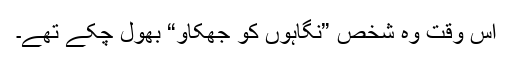
اس وقت وہ شخص ”نگاہوں کو جھکاؤ“ بھول چکے تھے۔